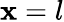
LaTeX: \mathbf{x}=l